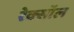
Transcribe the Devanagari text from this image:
रेक्सॉल